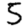
Digit: 5